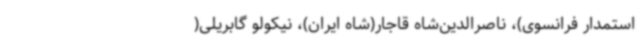
استمدار فرانسوی)، ناصرالدین‌شاه قاجار(شاه ایران)، نیکولو گابریلی(